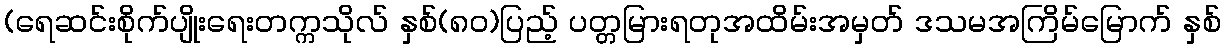
(ရေဆင်းစိုက်ပျိုးရေးတက္ကသိုလ် နှစ်(၈၀)ပြည့် ပတ္တမြားရတုအထိမ်းအမှတ် ဒသမအကြိမ်မြောက် နှစ်